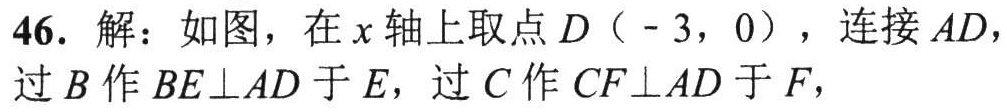
46. 解：如图，在\(x\)轴上取点\(D（ - 3，0）\)，连接\(AD\)，过\(B\)作\(BE\perp AD\)于\(E\)，过\(C\)作\(CF\perp AD\)于\(F\)，